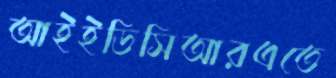
আইইডিসিআরএতে